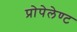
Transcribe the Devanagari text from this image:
प्रोपेलेण्ट